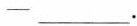
-___